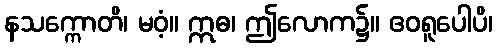
နသက္ကောတိ၊ မဝံ့။ ဣဓ၊ ဤလောက၌။ ဧဝရူပေါပိ၊